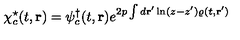
\chi _ { c } ^ { \star } ( t , { \bf r } ) = \psi _ { c } ^ { \dagger } ( t , { \bf r } ) e ^ { 2 p \int d { \bf r } ^ { \prime } \ln ( z - z ^ { \prime } ) \varrho ( t , { \bf r } ^ { \prime } ) }